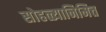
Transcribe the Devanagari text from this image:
सोहळ्यानिमित्त